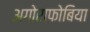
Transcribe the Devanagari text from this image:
अगोराफोबिया